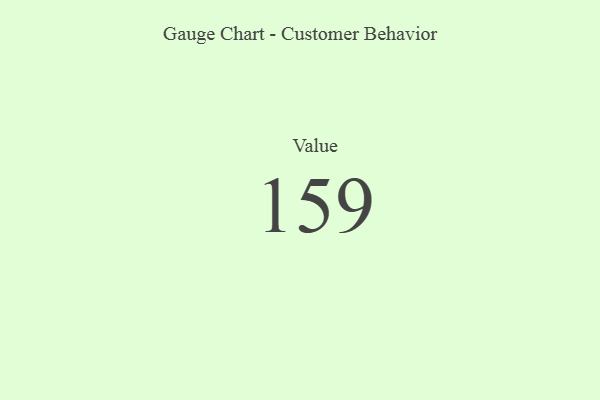
{"axis": {"x": "Metric", "y": "Value"}, "legend": [""], "data": [{"x": "Value", "y": 159, "type": ""}]}